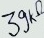
Text: 39kΩ